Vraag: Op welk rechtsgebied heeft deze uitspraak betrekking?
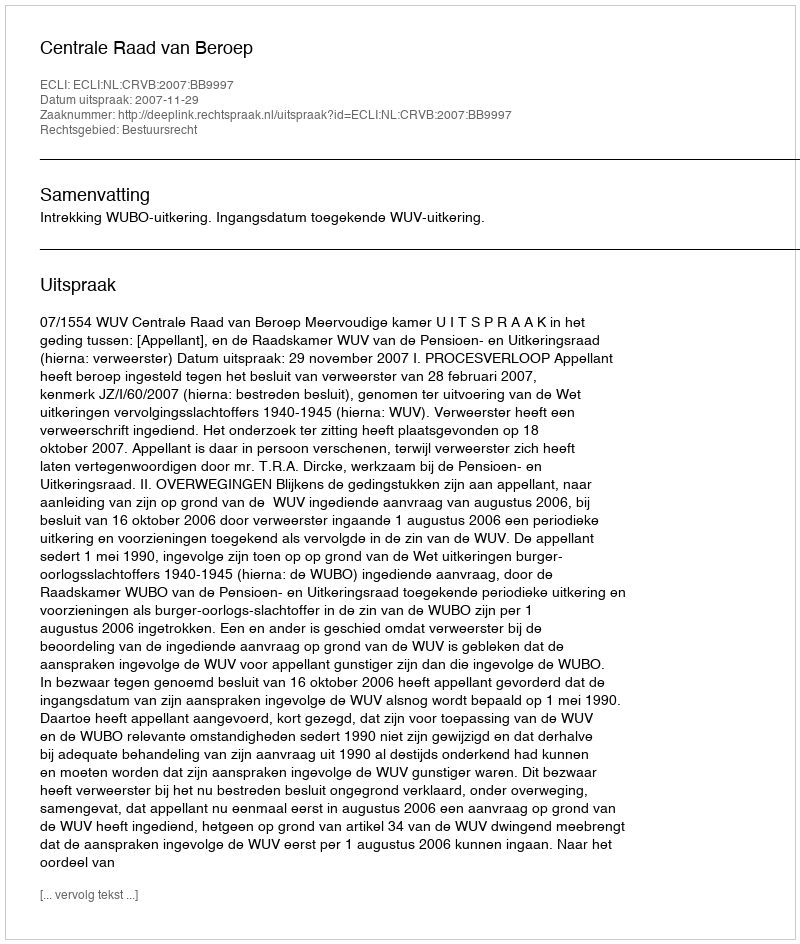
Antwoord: Bestuursrecht